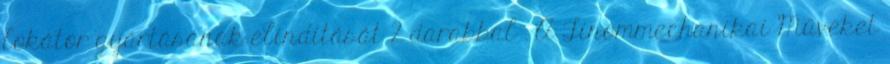
lokátor gyártásának elindítását 2 darabbal . A Finommechanikai Műveket